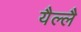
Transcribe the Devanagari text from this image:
यैल्लै